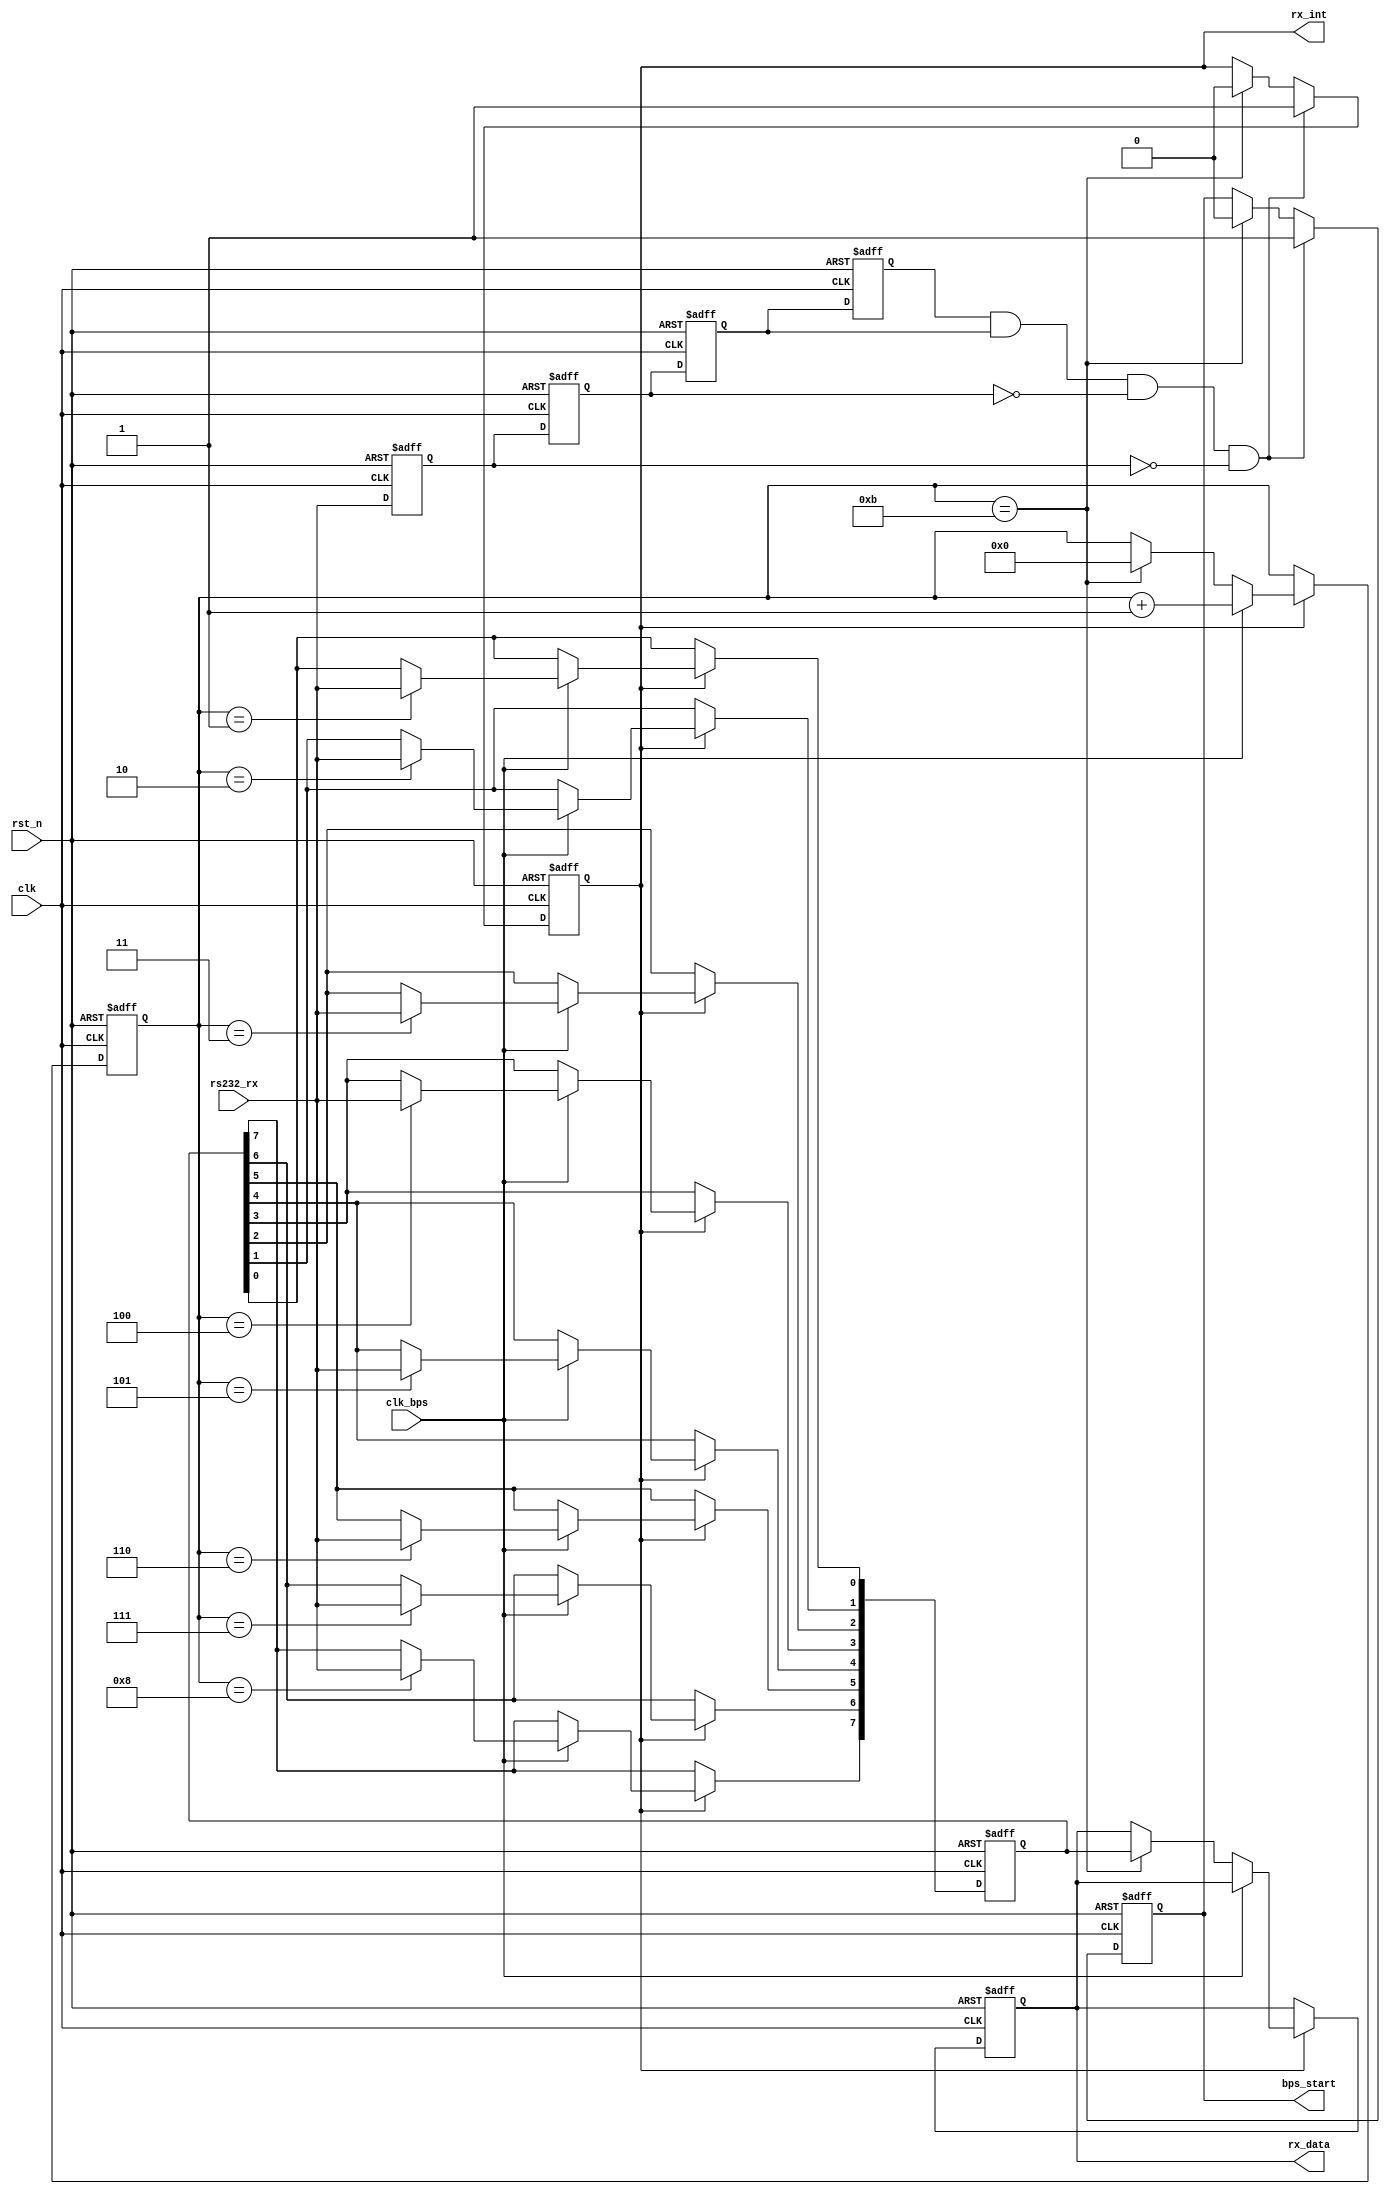

module my_uart_rx(
				clk,rst_n,
				rs232_rx,rx_data,rx_int,
				clk_bps,bps_start
			);

input clk;		// 50MHz
input rst_n;	
input rs232_rx;	
input clk_bps;	
output bps_start;		
output[7:0] rx_data;	
output rx_int;	

//----------------------------------------------------------------
reg rs232_rx0,rs232_rx1,rs232_rx2,rs232_rx3;	
wire neg_rs232_rx;	

always @ (posedge clk or negedge rst_n) begin
	if(!rst_n) begin
			rs232_rx0 <= 1'b0;
			rs232_rx1 <= 1'b0;
			rs232_rx2 <= 1'b0;
			rs232_rx3 <= 1'b0;
		end
	else begin
			rs232_rx0 <= rs232_rx;
			rs232_rx1 <= rs232_rx0;
			rs232_rx2 <= rs232_rx1;
			rs232_rx3 <= rs232_rx2;
		end
end

assign neg_rs232_rx = rs232_rx3 & rs232_rx2 & ~rs232_rx1 & ~rs232_rx0;	

//----------------------------------------------------------------
reg bps_start_r;
reg[3:0] num;	
reg rx_int;		

always @ (posedge clk or negedge rst_n)
	if(!rst_n) begin
			bps_start_r <= 1'bz;
			rx_int <= 1'b0;
		end
	else if(neg_rs232_rx) begin		
			bps_start_r <= 1'b1;	
			rx_int <= 1'b1;		
		end
	else if(num==4'd11) begin		
			bps_start_r <= 1'b0;
			rx_int <= 1'b0;	
		end

assign bps_start = bps_start_r;

//----------------------------------------------------------------
reg[7:0] rx_data_r;	
//----------------------------------------------------------------

reg[7:0] rx_temp_data;	

always @ (posedge clk or negedge rst_n)
	if(!rst_n) begin
			rx_temp_data <= 8'd0;
			num <= 4'd0;
			rx_data_r <= 8'd0;
		end
	else if(rx_int) begin
		if(clk_bps) begin	
				num <= num+1'b1;
				case (num)
						4'd1: rx_temp_data[0] <= rs232_rx;	
						4'd2: rx_temp_data[1] <= rs232_rx;	
						4'd3: rx_temp_data[2] <= rs232_rx;	
						4'd4: rx_temp_data[3] <= rs232_rx;	
						4'd5: rx_temp_data[4] <= rs232_rx;	
						4'd6: rx_temp_data[5] <= rs232_rx;	
						4'd7: rx_temp_data[6] <= rs232_rx;
						4'd8: rx_temp_data[7] <= rs232_rx;	
						default: ;
					endcase
			end
		else if(num == 4'd11) begin	
				num <= 4'd0;			
				rx_data_r <= rx_temp_data;	
			end
		end

assign rx_data = rx_data_r;	

endmodule